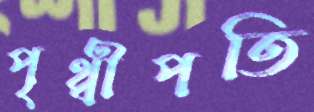
পৃথ্বীপতি